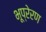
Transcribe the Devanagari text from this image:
भूप्रेरण